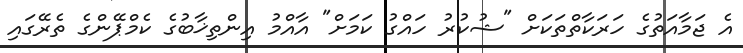
އެ ޖަމާއަތުގެ ހަރަކާތްތަކަށް "ޝުކުރު ހައްގު ކަމަށް" އާއްމު އިންތިޚާބުގެ ކެމްޕޭންގެ ތެރޭގައި